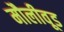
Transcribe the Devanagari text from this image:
मौलीवूड